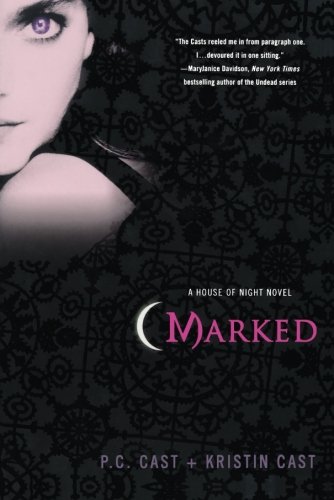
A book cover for Marked (House of Night, Book 1); P. C. Cast; Teen & Young Adult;